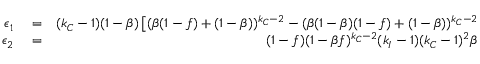
\begin{array} { r l r } { \epsilon _ { 1 } } & { { } = } & { ( k _ { C } - 1 ) ( 1 - \beta ) \left[ ( \beta ( 1 - f ) + ( 1 - \beta ) ) ^ { k _ { C } - 2 } - ( \beta ( 1 - \beta ) ( 1 - f ) + ( 1 - \beta ) ) ^ { k _ { C } - 2 } \right] , } \\ { \epsilon _ { 2 } } & { { } = } & { ( 1 - f ) ( 1 - \beta f ) ^ { k _ { C } - 2 } ( k _ { I } - 1 ) ( k _ { C } - 1 ) ^ { 2 } \beta ^ { 2 } . } \end{array}